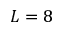
L = 8